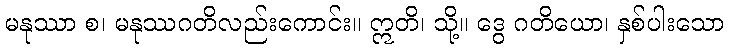
မနုဿာ စ၊ မနုဿဂတိလည်းကောင်း။ ဣတိ၊ သို့။ ဒွေ ဂတိယော၊ နှစ်ပါးသော